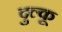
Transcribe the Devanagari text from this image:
दुल्कू